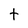
Character: t